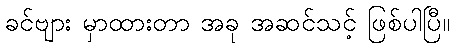
ခင်ဗျား မှာထားတာ အခု အဆင်သင့် ဖြစ်ပါပြီ။